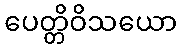
ပေတ္တိဝိသယော